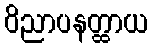
ဝိညာပနတ္ထာယ